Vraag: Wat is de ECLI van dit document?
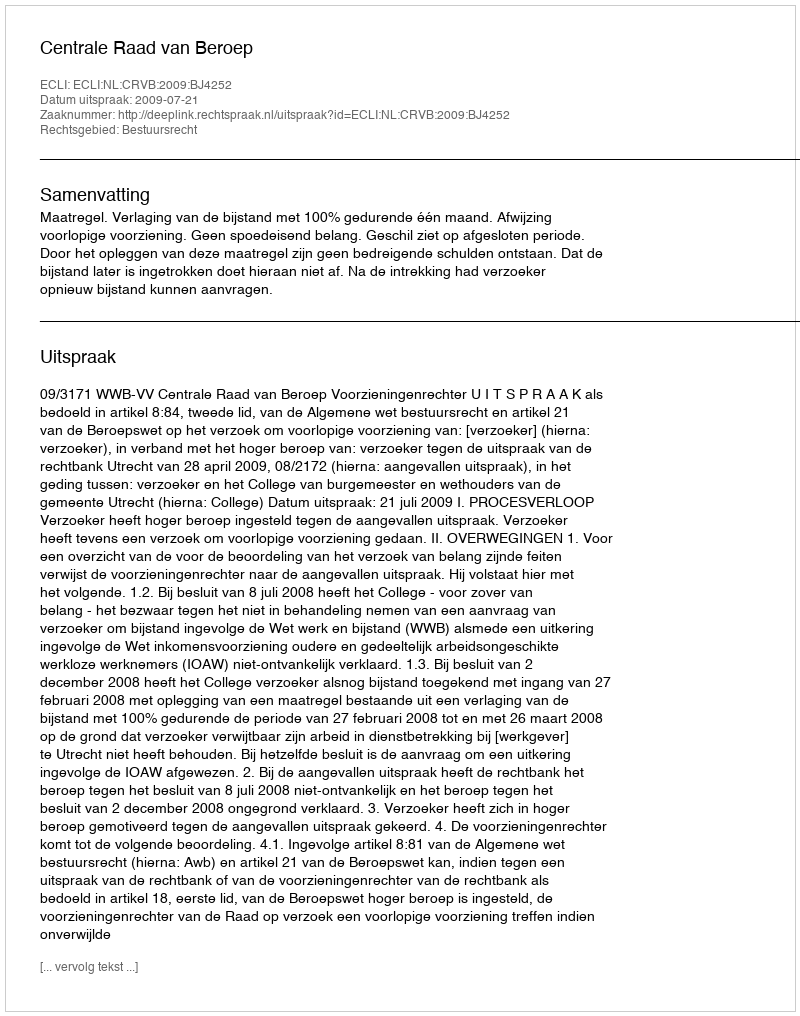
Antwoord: ECLI:NL:CRVB:2009:BJ4252